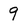
Character: 9